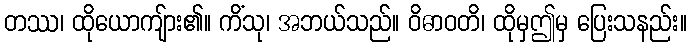
တဿ၊ ထိုယောကျ်ား၏။ ကိံသု၊ အဘယ်သည်။ ဝိဓာဝတိ၊ ထိုမှဤမှ ပြေးသနည်း။